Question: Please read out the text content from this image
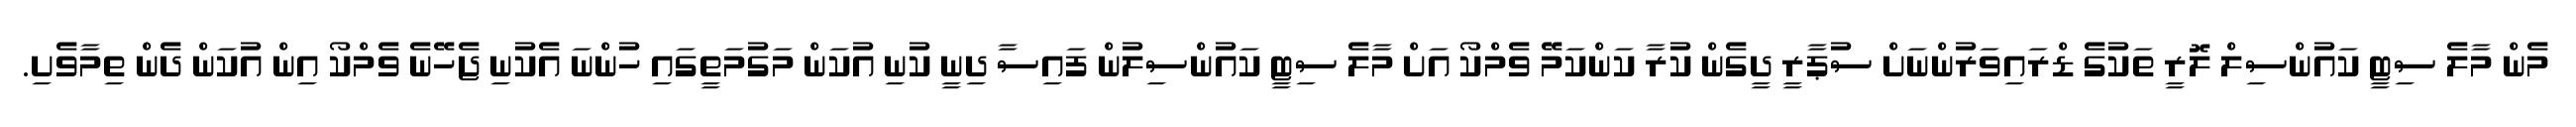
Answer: މެން މާލެ ސިޓީ ކައުންސިލް ލޮރީ ތަކުގެ ޑްރައިވަރުންނަށް ސުޕާރީ ދީގެން ކުރާ ކަންކަމޭ ވެމްކޯ އަށް މާލެ ސިޓީ ކައުންސިލުން ފައިސާ ދިނީ ކުނި އުކަން މަގުމަތީގައި ހުންނަ އެކުނި ޖެހޭނެ ވެމްކޯ އިން އުކަން ދެން ތިމާވެށި.